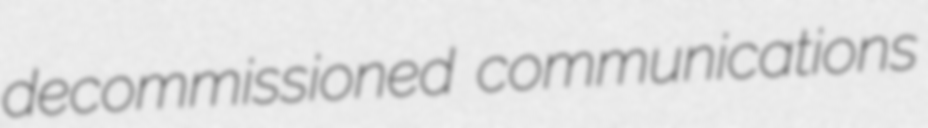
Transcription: decommissioned communications